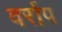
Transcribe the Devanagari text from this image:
वर्राप